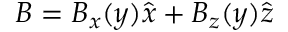
\boldsymbol { B } = B _ { x } ( y ) \hat { \boldsymbol { x } } + B _ { z } ( y ) \hat { \boldsymbol { z } }